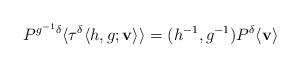
LaTeX: \begin{align*}P^{g^{-1}\delta}\langle\tau^{\delta}\langle h,g;\mathbf{v}\rangle\rangle=(h^{-1},g^{-1})P^{\delta}\langle\mathbf{v}\rangle\end{align*}